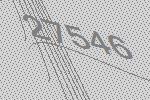
27546